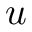
u